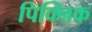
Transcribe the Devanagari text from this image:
पिक्निक